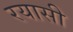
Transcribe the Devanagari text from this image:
रयासी